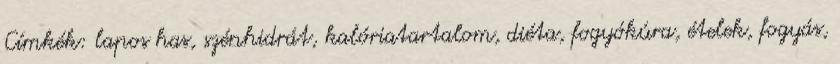
Címkék: lapos has, szénhidrát, kalóriatartalom, diéta, fogyókúra, ételek, fogyás,